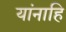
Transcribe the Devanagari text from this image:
यांनाहि